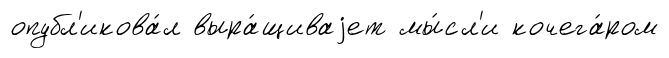
опубл'икова́л выра́щиваjет мы́сл'и кочега́ром